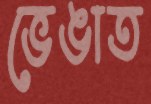
ভেঙাত